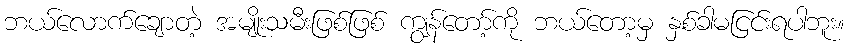
ဘယ်လောက်ချောတဲ့ အမျိုးသမီးဖြစ်ဖြစ် ကျွန်တော့်ကို ဘယ်တော့မှ နှစ်ခါမငြင်းရပါဘူး။